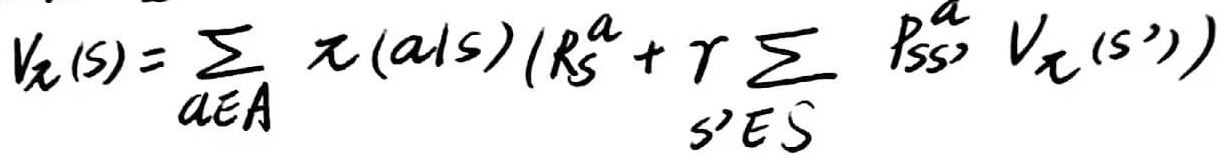
$V_{\pi}(s)=\sum_{a\in A} \pi(a|s)(R_s^a + \gamma \sum_{s'\in S} P_{ss'}^a V_{\pi}(s'))$